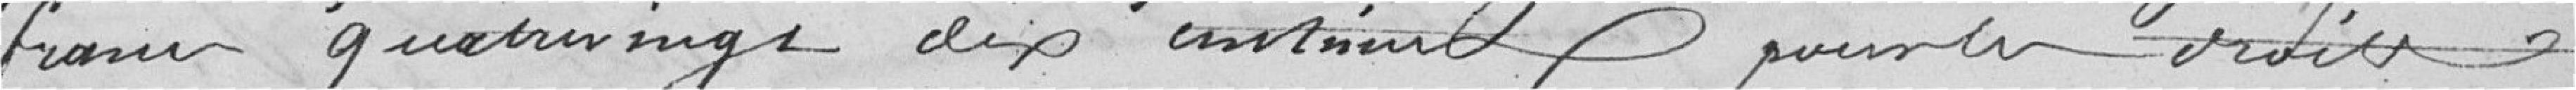
francs quatre vingt dix centimes, pour les droits